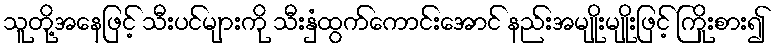
သူတို့အနေဖြင့် သီးပင်များကို သီးနှံထွက်ကောင်းအောင် နည်းအမျိုးမျိုးဖြင့် ကြိုးစား၍